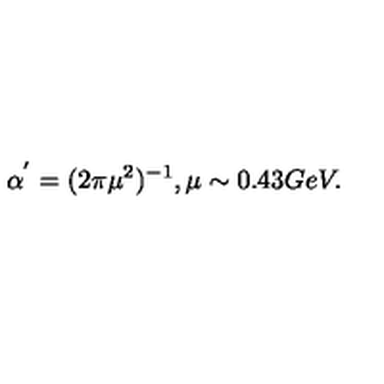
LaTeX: \alpha ^ { ' } = ( 2 \pi \mu ^ { 2 } ) ^ { - 1 } , \mu \sim 0 . 4 3 G e V .